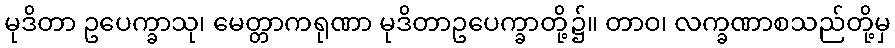
မုဒိတာ ဥပေက္ခာသု၊ မေတ္တာကရုဏာ မုဒိတာဥပေက္ခာတို့၌။ တာဝ၊ လက္ခဏာစသည်တို့မှ